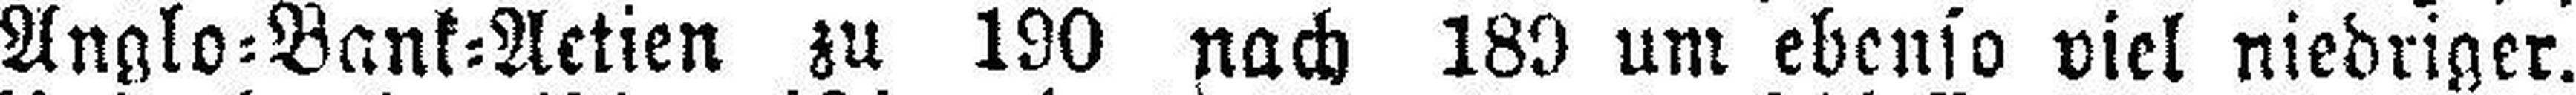
Anglo=Bank=Actien zu 190 nach 189 um ebenso viel niedriger.